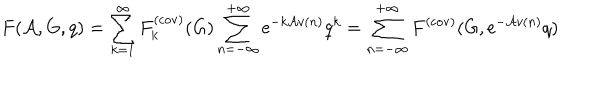
F ( { \cal A } , G , q ) = \sum _ { k = 1 } ^ { \infty } F _ { k } ^ { ( \mathrm { c o v ) } } ( G ) \sum _ { n = - \infty } ^ { + \infty } \mathrm { e } ^ { - k { \cal A } v ( n ) } q ^ { k } = \sum _ { n = - \infty } ^ { + \infty } F ^ { ( \mathrm { c o v ) } } ( G , \mathrm { e } ^ { - { \cal A } v ( n ) } q )